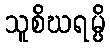
သူစိဃရမ္ပိ